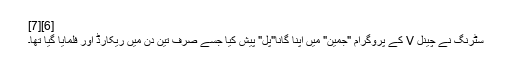
[6][7]
سٹرنگ نے چینل V کے پروگرام "جمین" میں اپنا گانا"پل" پیش کیا جسے صرف تین دن میں ریکارڈ اور فلمایا گیا تھا۔